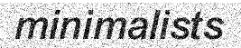
minimalists